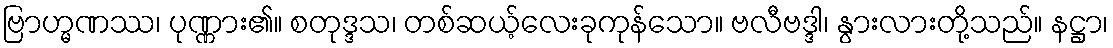
ဗြာဟ္မဏဿ၊ ပုဏ္ဏား၏။ စတုဒ္ဒသ၊ တစ်ဆယ့်လေးခုကုန်သော။ ဗလီဗဒ္ဒါ၊ နွားလားတို့သည်။ နဋ္ဌာ၊